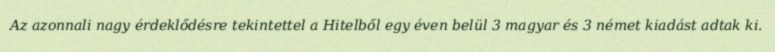
Az azonnali nagy érdeklődésre tekintettel a Hitelből egy éven belül 3 magyar és 3 német kiadást adtak ki.